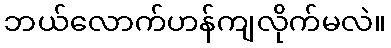
ဘယ်လောက်ဟန်ကျလိုက်မလဲ။